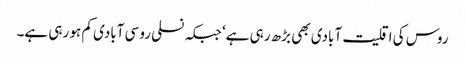
روس کی اقلیت آبادی بھی بڑھ رہی ہے‘ جبکہ نسلی روسی آبادی کم ہو رہی ہے۔